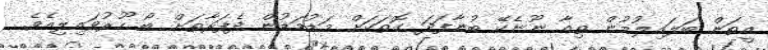
އީތަން ބަލައިލުމުން ތިއާ ނޫނެކޭ ބުނާފަދަ ގޮތަކަށް މަޑުމަޑުން ދެފަރާތަށް ބޯ ހޫރުވައިލިއެވެ.